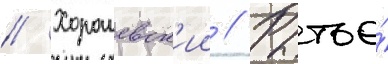
// Хорошевск'ии // Рытье́